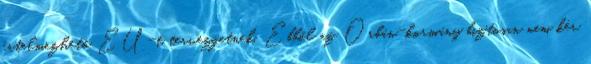
értelmezhető EU-t tervezgetnek. Ebből az Orbán-kormány biztosan nem kér